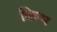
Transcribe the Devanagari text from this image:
बिम्भ